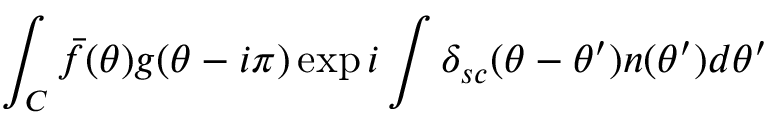
\int _ { C } \bar { f } ( \theta ) g ( \theta - i \pi ) \exp i \int \delta _ { s c } ( \theta - \theta ^ { \prime } ) n ( \theta ^ { \prime } ) d \theta ^ { \prime }